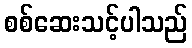
စစ်ဆေးသင့်ပါသည်